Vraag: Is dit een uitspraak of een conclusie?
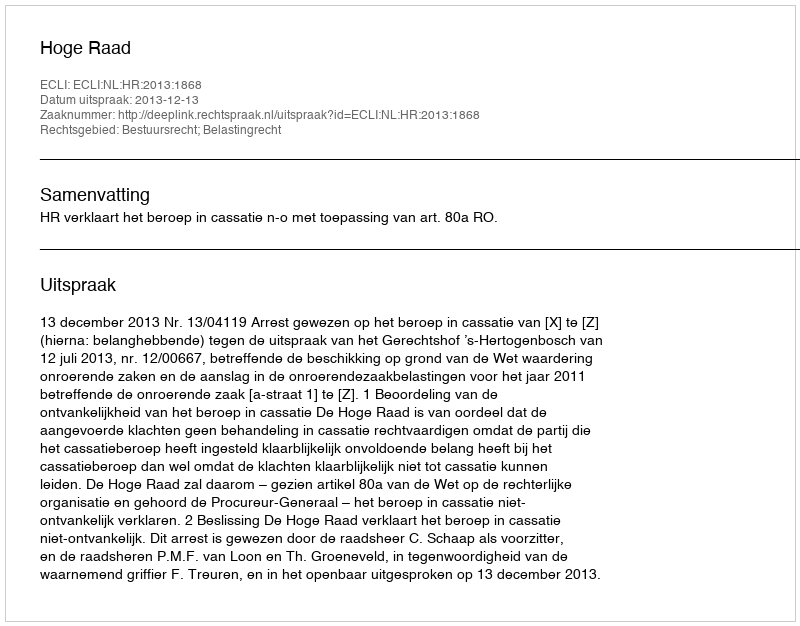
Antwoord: Uitspraak